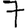
Digit: 7